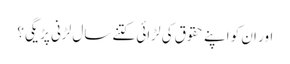
اور ان کو اپنے حقوق کی لڑائی کتنے سال لڑنی پڑیگی؟